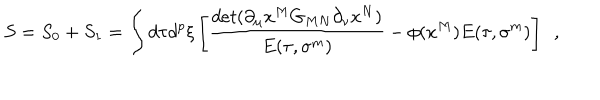
LaTeX: S = S _ { 0 } + S _ { 1 } = \int d \tau d ^ { p } \xi \left[ { \frac { d e t ( \partial _ { \mu } x ^ { M } G _ { M N } \partial _ { \nu } x ^ { N } ) } { E ( \tau , \sigma ^ { m } ) } } - { \phi ( x ^ { M } ) } E ( \tau , \sigma ^ { m } ) \right] ~ ~ ,